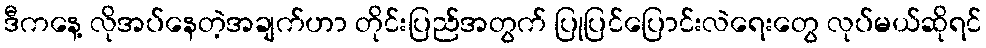
ဒီကနေ့ လိုအပ်နေတဲ့အချက်ဟာ တိုင်းပြည်အတွက် ပြုပြင်ပြောင်းလဲရေးတွေ လုပ်မယ်ဆိုရင်